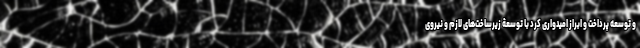
و توسعه پرداخت و ابراز امیدواری کرد با توسعۀ زیرساخت‌های لازم و نیروی